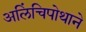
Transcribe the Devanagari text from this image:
अलिंचिपोथाने